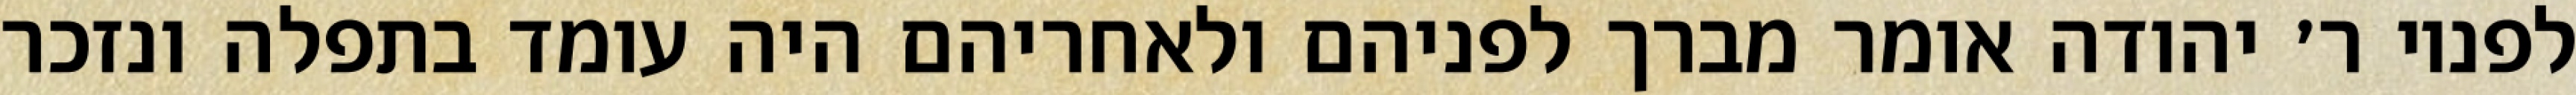
לפניו ר׳ יהודה אומר מברך לפניהם ולאחריהם היה עומד בתפלה ונזכר